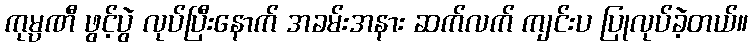
ကုမ္ပဏီ ဖွင့်ပွဲ လုပ်ပြီးနောက် အခမ်းအနား ဆက်လက် ကျင်းပ ပြုလုပ်ခဲ့တယ်။